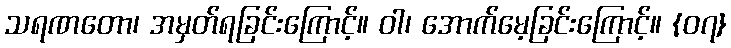
သရဏတော၊ အမှတ်ရခြင်းကြောင့်။ ဝါ၊ အောက်မေ့ခြင်းကြောင့်။ {၀၇}